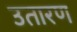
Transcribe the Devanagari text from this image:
उतारण